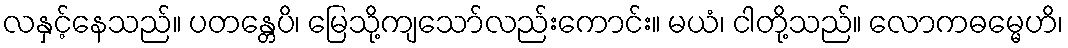
လနှင့်နေသည်။ ပတန္တေပိ၊ မြေသို့ကျသော်လည်းကောင်း။ မယံ၊ ငါတို့သည်။ လောကဓမ္မေဟိ၊